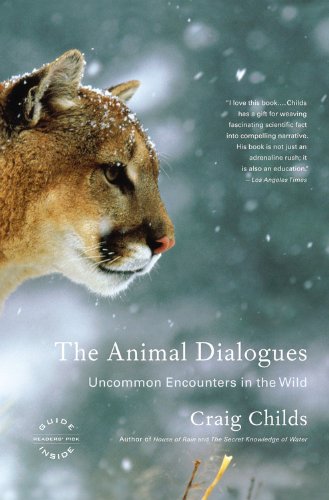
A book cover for The Animal Dialogues: Uncommon Encounters in the Wild; Craig Childs; Humor & Entertainment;